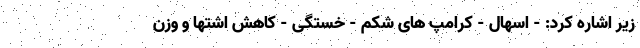
زیر اشاره کرد: - اسهال - کرامپ های شکم - خستگی - کاهش اشتها و وزن